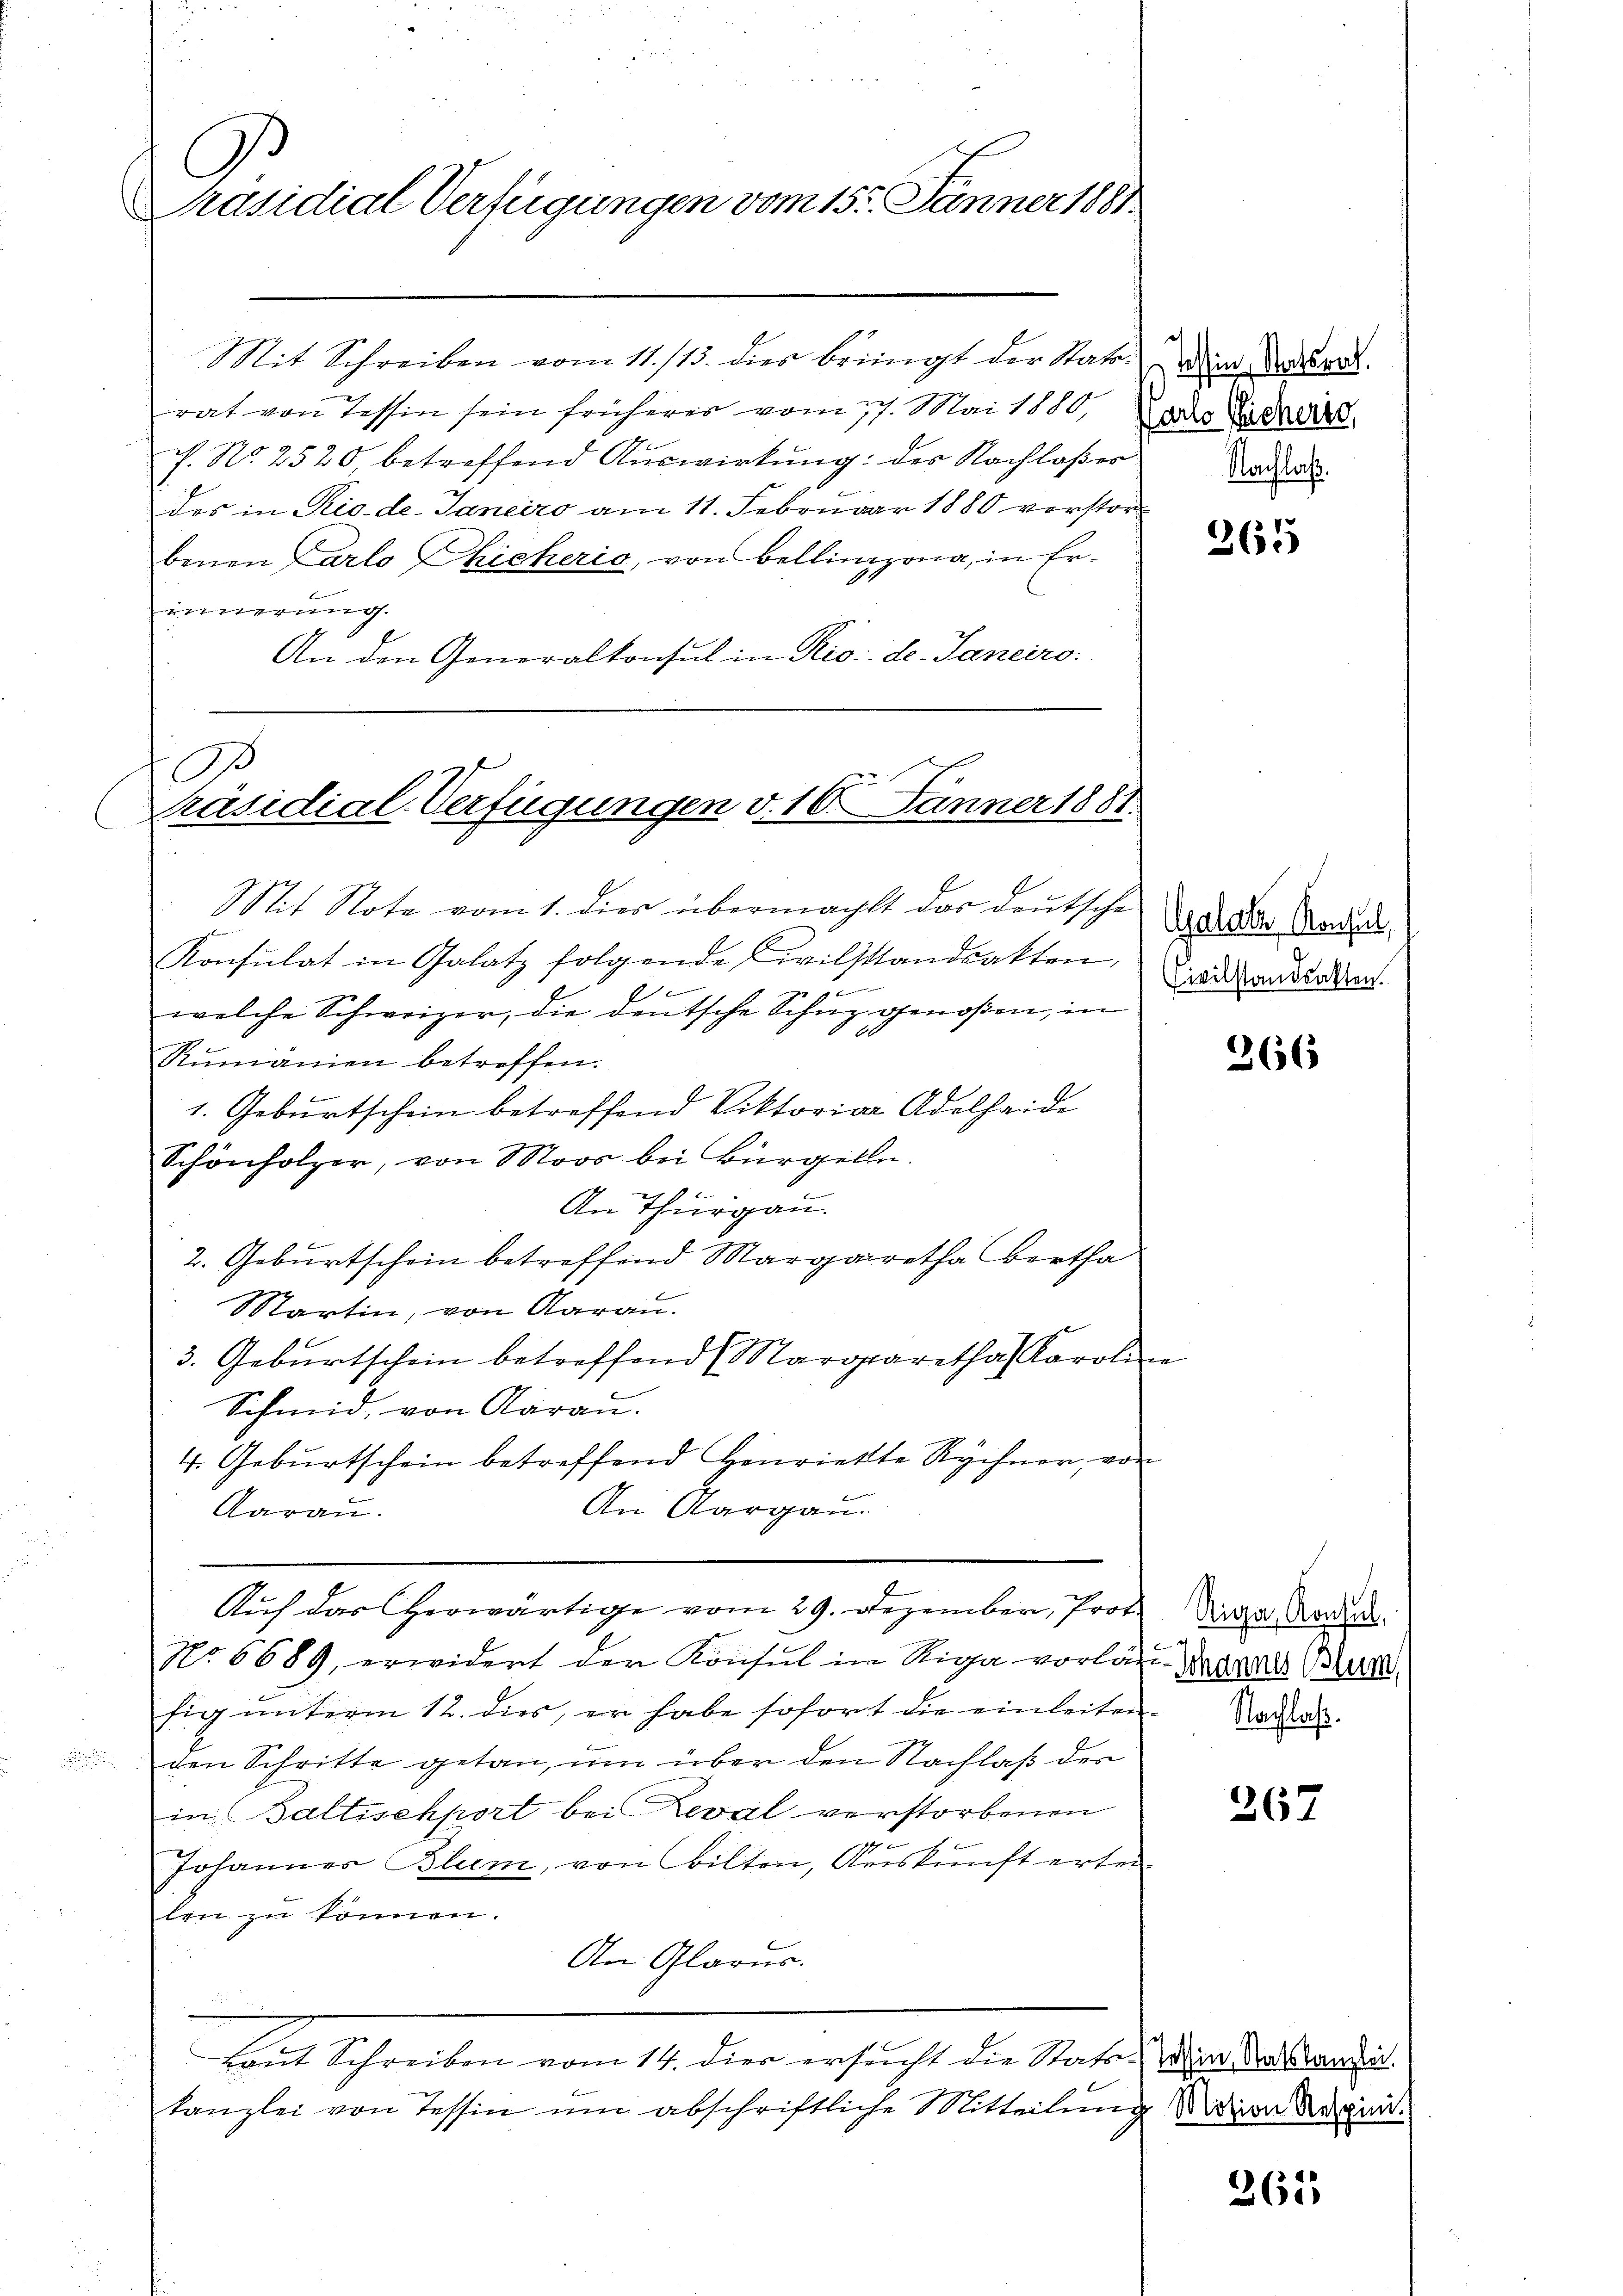
Präsidial-Verfügungen vom 15. Jänner 1881

O
Präsidial-Verfügungen v. 16. Jänner 1881

A

Mit Schreiben vom 11./13. dies bringt der Statt ein Verda
rat von Tessin sein früheres vom 17. Mai 1880,
c. No 2520 betreffend Aŭswirkŭng: der Nachlaβer And
des in Rio de-Janeiro am 11. Februar 1880 verstorbenen Carlo Chicherio, von Bellinzona, in Erinnerung.
An den Generalkonsul in Rio de. Janeiro

it Note vom 1. dies übermacht das deutsche
Konsulat in Galatz folgende Civilstandsatten,
5
1
welche Schweizer, die deutsche Schuz genoßen, in
Rŭmanien betreffen.
1. Geburtschein betreffend Viktoria Adelheide
Schönholzer, von Moos bei Bürgelln.
An Thurgau.
2. Geburtschein betreffend Margaretha Bertha
Martin, von Aarau
3. Geburtschein betreffend Margaretha Karolin
Schmid, von Aarau
4. Geburtschein betreffend Henriette Rychner, von
An Aargau.
Aarau
Auf das herwärtige vom 29. Dezember, Prof.
No 6689, erwidert der Konsul in Riga vorlag. Danach Bund
hig unterm 12. dies, er habe sofort die einleiten. Nachah
den Schritte getan, um über den Nachlaß des
in (Saltischport bei Zeval verstorbenen
u
Johannes Blum, von Bilten, Auskunft erten
len zu können.
An Glarus.
e
Laut Schreiben vom 14. dies ersucht die Statu-Wien Ratskanzen.
kanzlei von Tessin um abschriftliche Mitteilung Nation Ragini¬

arlo Sicheris,

365

Galat, Konsul,
Civilstandsakten.

266

Riga, Konsul

267

365.